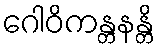
ဂေါဝိကန္တနန္တိ